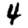
Digit: 4